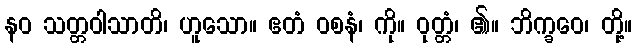
နဝ သတ္တဝါသာတိ၊ ဟူသော။ ဧတံ ဝစနံ၊ ကို။ ဝုတ္တံ၊ ၏။ ဘိက္ခဝေ၊ တို့။